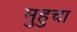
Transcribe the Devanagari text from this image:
मुहुचा